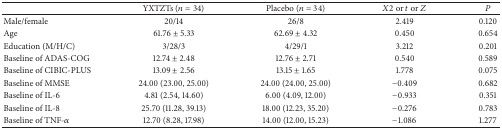
<table><thead><tr><td><b> </b></td><td><b>YXTZTs (<i>n</i> = 34)</b></td><td><b>Placebo (<i>n</i> = 34)</b></td><td><b><i>X</i>2 or <i>t</i> or <i>Z</i></b></td><td><b><i>P</i></b></td></tr></thead><tbody><tr><td>Male/female</td><td>20/14</td><td>26/8</td><td>2.419</td><td>0.120</td></tr><tr><td>Age</td><td>61.76 ± 5.33</td><td>62.69 ± 4.32</td><td>0.450</td><td>0.654</td></tr><tr><td>Education (M/H/C)</td><td>3/28/3</td><td>4/29/1</td><td>3.212</td><td>0.201</td></tr><tr><td>Baseline of ADAS-COG</td><td>12.74 ± 2.48</td><td>12.76 ± 2.71</td><td>0.540</td><td>0.589</td></tr><tr><td>Baseline of CIBIC-PLUS</td><td>13.09 ± 2.56</td><td>13.15 ± 1.65</td><td>1.778</td><td>0.075</td></tr><tr><td>Baseline of MMSE</td><td>24.00 (23.00, 25.00)</td><td>24.00 (24.00, 25.00)</td><td>−0.409</td><td>0.682</td></tr><tr><td>Baseline of IL-6</td><td>4.81 (2.54, 14.60)</td><td>6.00 (4.09, 12.00)</td><td>−0.933</td><td>0.351</td></tr><tr><td>Baseline of IL-8</td><td>25.70 (11.28, 39.13)</td><td>18.00 (12.23, 35.20)</td><td>−0.276</td><td>0.783</td></tr><tr><td>Baseline of TNF-<i>α</i></td><td>12.70 (8.28, 17.98)</td><td>14.00 (12.00, 15.23)</td><td>−1.086</td><td>1.277</td></tr></tbody></table>